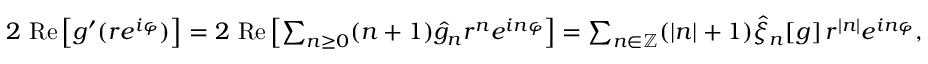
\begin{array} { r } { 2 \mathrm { \normalfont ~ R e } \left[ g ^ { \prime } ( r e ^ { i \varphi } ) \right] = 2 \mathrm { \normalfont ~ R e } \left[ \sum _ { n \geq 0 } ( n + 1 ) \hat { g } _ { n } r ^ { n } e ^ { i n \varphi } \right] = \sum _ { n \in \mathbb { Z } } ( | n | + 1 ) \hat { \xi } _ { n } [ g ] \, r ^ { | n | } e ^ { i n \varphi } , } \end{array}